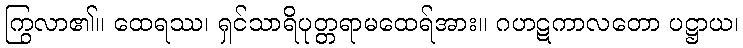
ကြွလာ၏။ ထေရဿ၊ ရှင်သာရိပုတ္တရာမထေရ်အား။ ဂဟဋကာလတော ပဋ္ဌာယ၊